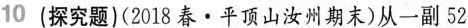
10(探究题)(2018春·平顶山汝州期末)从一副52